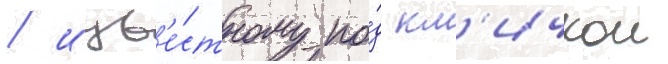
/ изв'е́стному по́д кл'ичкои